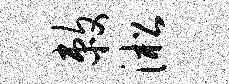
敕淞